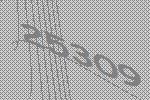
25309